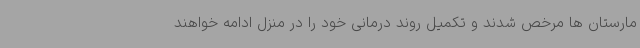
مارستان ها مرخص شدند و تکمیل روند درمانی خود را در منزل ادامه خواهند